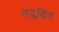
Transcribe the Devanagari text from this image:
लंद्फल्लिंग